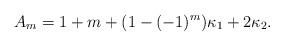
LaTeX: \begin{align*}A_m = 1+m+(1-(-1)^m)\kappa_1 + 2\kappa_2.\end{align*}